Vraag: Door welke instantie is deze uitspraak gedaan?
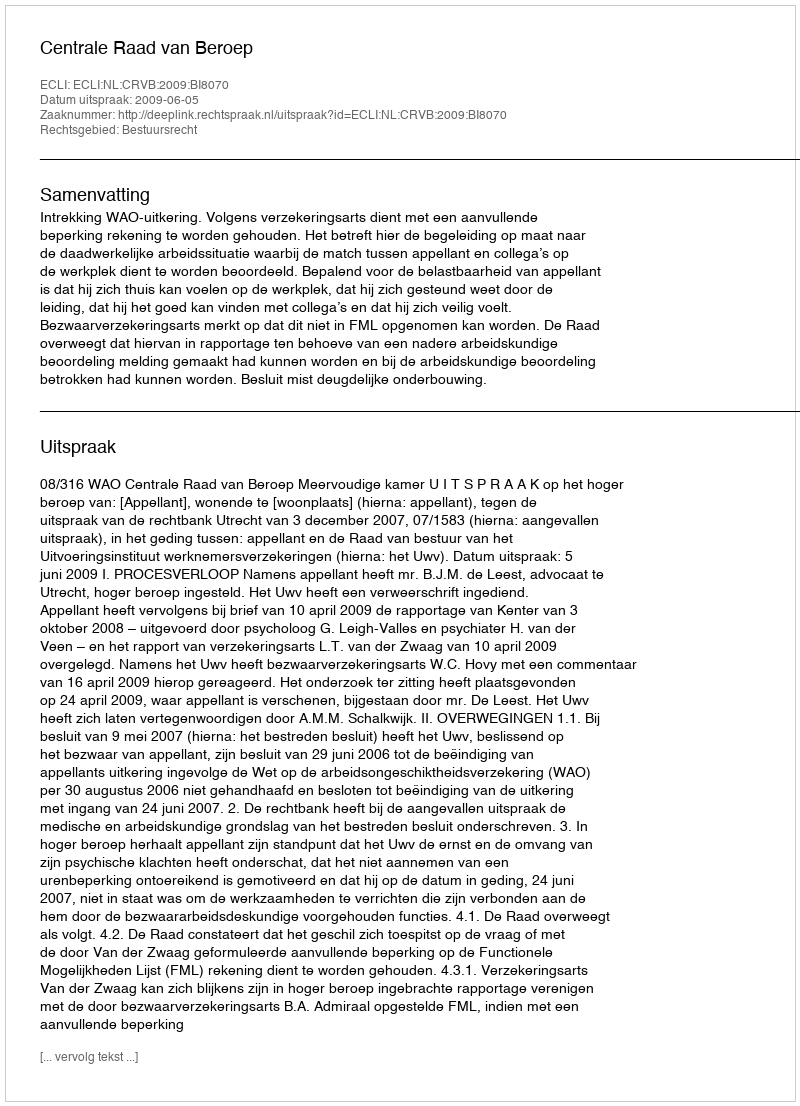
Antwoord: Centrale Raad van Beroep